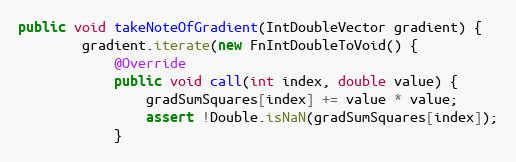
Language: Java
public void takeNoteOfGradient(IntDoubleVector gradient) {
        gradient.iterate(new FnIntDoubleToVoid() {
            @Override
            public void call(int index, double value) {
                gradSumSquares[index] += value * value;
                assert !Double.isNaN(gradSumSquares[index]);
            }